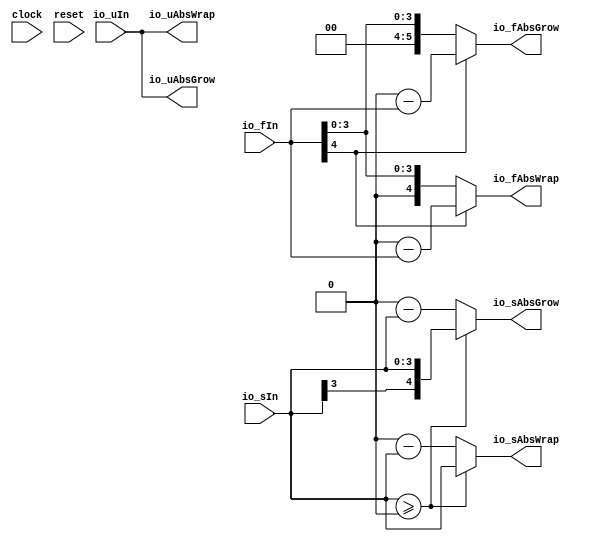
module DoesAbs(
  input        clock,
  input        reset,
  input  [3:0] io_uIn,
  input  [3:0] io_sIn,
  input  [4:0] io_fIn,
  output [3:0] io_uAbsGrow,
  output [3:0] io_uAbsWrap,
  output [4:0] io_sAbsGrow,
  output [3:0] io_sAbsWrap,
  output [5:0] io_fAbsGrow,
  output [4:0] io_fAbsWrap
);
  wire  _T_8 = $signed(io_sIn) >= 4'sh0; // @[SIntTypeClass.scala 144:45]
  wire [4:0] _T_11 = 4'sh0 - $signed(io_sIn); // @[SIntTypeClass.scala 31:22]
  wire [3:0] _T_21 = 4'sh0 - $signed(io_sIn); // @[SIntTypeClass.scala 32:22]
  wire [5:0] _T_27 = 5'sh0 - $signed(io_fIn); // @[FixedPointTypeClass.scala 34:22]
  wire [4:0] _T_37 = 5'sh0 - $signed(io_fIn); // @[FixedPointTypeClass.scala 35:22]
  assign io_uAbsGrow = io_uIn; // @[AbsSpec.scala 79:15]
  assign io_uAbsWrap = io_uIn; // @[AbsSpec.scala 80:15]
  assign io_sAbsGrow = _T_8 ? $signed({{1{io_sIn[3]}},io_sIn}) : $signed(_T_11); // @[SIntTypeClass.scala 143:8]
  assign io_sAbsWrap = _T_8 ? $signed(io_sIn) : $signed(_T_21); // @[SIntTypeClass.scala 143:8]
  assign io_fAbsGrow = io_fIn[4] ? $signed(_T_27) : $signed({{1{io_fIn[4]}},io_fIn}); // @[FixedPointTypeClass.scala 207:8]
  assign io_fAbsWrap = io_fIn[4] ? $signed(_T_37) : $signed(io_fIn); // @[FixedPointTypeClass.scala 207:8]
endmodule